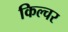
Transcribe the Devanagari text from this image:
किल्चर